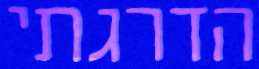
הדרגתי